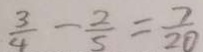
\frac { 3 } { 4 } - \frac { 2 } { 5 } = \frac { 7 } { 2 0 }